Vaccination in the Punjab 1883-1896 - 1883-1896
Year: 1883
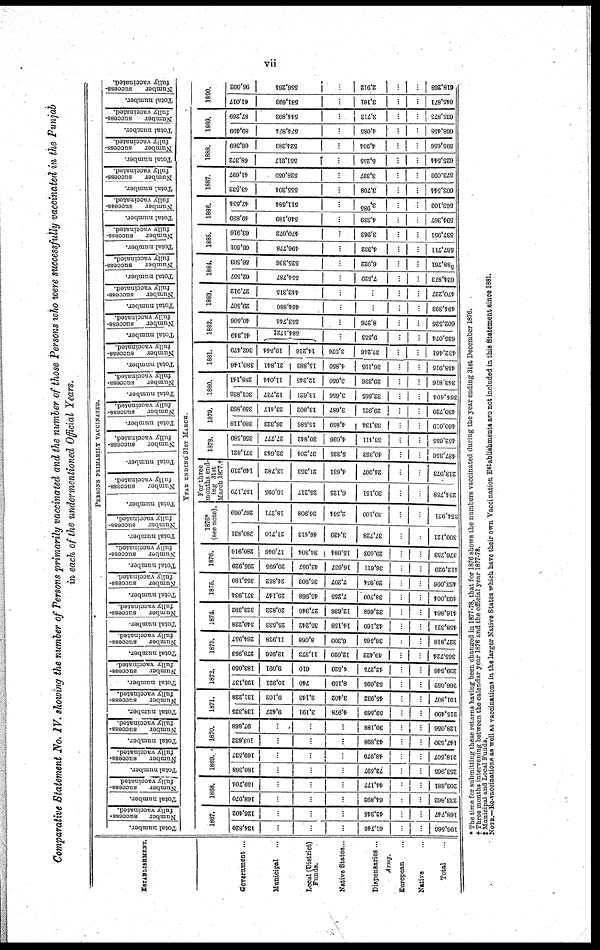
vii
Comparative Statement No. IV. showing the number of Persons primarily vaccinated and the number of those Persons who were successfully vaccinated in the Punjab
in each of the undermentioned Official Years.
ESTABLISHMENT.
Government ...
Municipal ...
Local (District)
Funds.
Native States...
Dispensaries ...
Army.
European ...
Native ...
Total ...
PERSONS PRIMARILY VACCINATED.
Total number.
Number
success-
fully vaccinated.
Total number.
Number
success-
fully vaccinated
Total number.
Number
success-
fully vaccinated.
Total number.
Number
success-
fully vaccinated.
Total number.
Number
success-
fully vaccinated.
Total number.
Number
success-
fully vaccinated
Total number.
Number
success-
fully vaccinated
Total number.
Number
success-
fully vaccinated.
Total number.
Number
success-
fully vaccinated
Total number.
Number
success-
Total number
Number
success-
fully vaccmated.
Number
success-
fully vaccinated.
Total number
Number
success-
fully vaccinated.
Total number.
Number
success-
fully vaccinated.
Total number.
Number
success-
fully vaccinated.
Total number.
Number
success-
fully vaccinated
Total number.
Number
success-
fully vaccinated.
Total number.
Number
success-
fully vaccinated.
Total number.
Number
success-
fully vaccinated.
Total number.
Number
success-
fully vaccinated.
Total number.
Number
success-
fully vaccinated
Total number.
Number
success-
fully vaccinated.
Total number.
Number
success-
fully vaccinated.
Total number.
Number
success-
fully vaccinated.
Total number.
Number
success-
fully vaccinated.
YEAR ENDING 31ST MARCH.
1867.
134,820
...
..
...
61,746
...
...
196,566
126,402
..
...
42,346
...
...
168,747
1868.
168,970
..
...
64,892
...
...
233,862
169,704
...
...
...
44,177
...
...
203,881
1869.
180,368
...
...
...
73,597
...
...
253,965
169,537
...
...
...
48,970
...
...
218,507
1870.
103,632
...
...
...
43,898
...
...
147,530
97,868
...
...
...
30,188
...
...
128,066
1871.
138,325
9,427
3,191
4,978
59,669
...
...
215,490
131,228
9,102
2,143
3,402
45,932
...
...
191,807
1872.
193,137
10,921
740
8,159
53,095
...
...
266,052
183,050
9,091
610
4,520
42,275
...
...
239,546
1873.
278,953
13,956
11,373
12,020
49,422
...
...
365,724
264,957
11,928
8,068
6,300
36,565
...
...
327,818
1874.
340,228
25,533
35,242
14,158
43,160
...
...
458,321
323,392
20,822
27,346
12,636
32,668
...
...
416,864
1875.
371,934
29,147
45,968
7,255
38,700
...
...
493,004
355,180
24,852
35,903
7,207
29,954
...
...
453,096
1876.
295,929
20,695
43,057
16,637
36,611
...
...
412,929
280,916
17,046
34,304
15,084
29,403
...
...
376,753
1876*
(see note).
280,831
21,710
46,413
3,439
37,728
...
...
390,121
267,069
18,271
36,908
2,564
30,100
...
...
354,921
For three
months end-
ing 31st
March 1877.†
157,170
16,095
25,217
6,125
30,151
...
...
231,758
149,210
13,782
21,353
4,631
24,997
...
...
213,973
1878.
371,821
32,643
37,204
5,335
40,353
...
...
487,356
356,589
27,777
30,842
4,036
33,411
...
...
452,655
1879.
380,118
26,323
15,585
4,859
33,134
...
...
460,019
359,893
23,417
13,802
3,687
29,921
...
...
430,720
1880.
301,835
12,727
13,621
3,656
32,565
...
...
364,404
288,141
11,044
12,245
3,050
29,336
...
...
343,816
1881.
380,146
21,841
15,883
4,860
36,195
...
...
458,915
362,479
19,541
14,216
3,976
32,246
...
...
432,461
1882.
41,349
684,172‡
...
9,553
...
...
635,074
40,506
553,744
...
8,276
...
...
602,526
1883.
29,507
464,886
...
...
...
...
494,393
27,912
412,315
...
...
...
...
470,227
1884.
62,557
554,787
...
7,529
...
...
624,873
56,503
525,336
...
6,922
...
...
588,761
1885.
66,601
496,778
...
4,332
...
...
567,711
63,916
470,072
...
3,963
...
...
537,951
1886.
49,839
540,189
...
4,339
...
...
594,367
47,534
511,584
...
3,985
...
...
563,103
1887.
43,632
555,304
...
3,708
...
...
602,544
41,697
528,059
...
3,337
...
...
573,093
1888.
68,372
551,917
...
5,255
...
...
625,544
66,369
524,383
...
4,904
...
...
595,656
1889.
89,499
574,874
...
4,085
...
...
668,458
87,269
514,893
...
3,713
...
...
635,875
1890.
61,017
581,693
...
3,161
...
...
645,871
95,092
566,264
...
2,912
...
...
618,268
* The time for submitting these returns having been changed in 1877-78, that for 1876 shows the numbers vaccinated during the year ending 31st December 1876.
† Three months intervening between the calendar year 1876 and the official year 1877-78.
‡ Municipal and Local Funds.
NOTE.—Re-vaccinations as well as vaccinations in the larger Native States which have their own Vaccination Establishments are not included in this Statement since 1881.